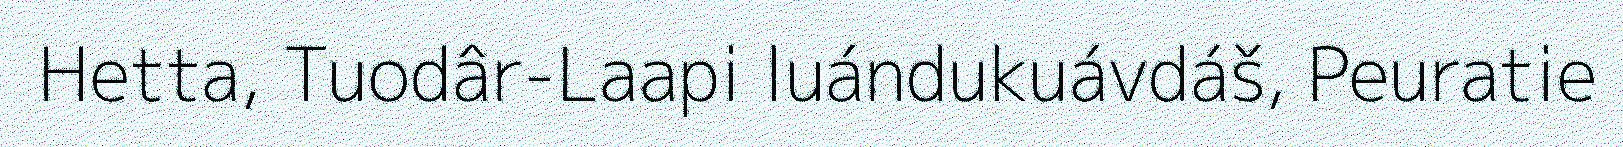
Hetta, Tuodâr-Laapi luándukuávdáš, Peuratie